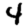
Digit: 4